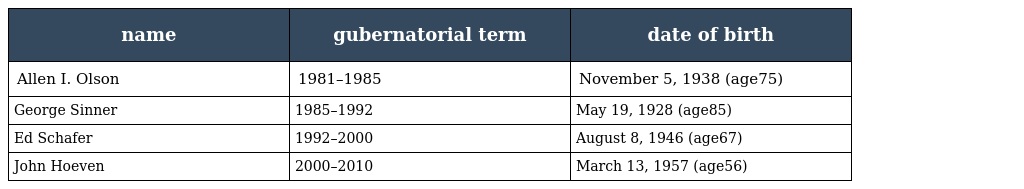
| name | gubernatorial term | date of birth |
 | --- | --- | --- |
 | Allen I. Olson | 1981–1985 | November 5, 1938 (age75) |
 | George Sinner | 1985–1992 | May 19, 1928 (age85) |
 | Ed Schafer | 1992–2000 | August 8, 1946 (age67) |
 | John Hoeven | 2000–2010 | March 13, 1957 (age56) |